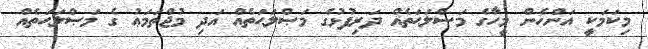
މިކަމަކީ އަންހެން މީހާގެ މަޞްލަޙަތެއް ދަރިފުޅުގެ މަޞްލަޙަތެއް އަދި މުޖްތަމަޢު ގެ މަޞްލަޙަތެއް